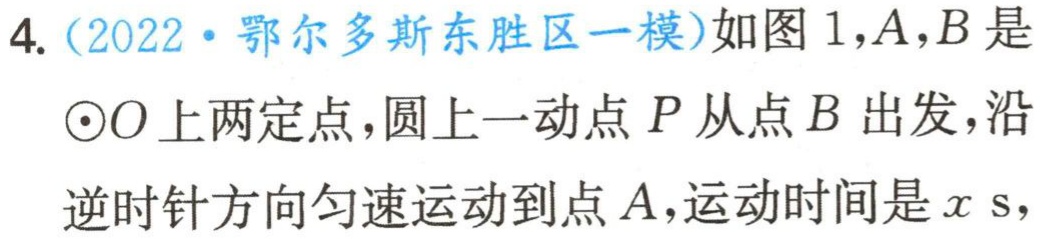
4.（2022·鄂尔多斯东胜区一模）如图1，\(A,B\)是\(\odot O\)上两定点，圆上一动点\(P\)从点\(B\)出发，沿逆时针方向匀速运动到点\(A\)，运动时间是\(x\ s\)，